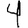
Digit: 4